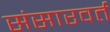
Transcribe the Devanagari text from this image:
संसारवर्त